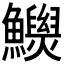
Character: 𩼾